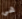
هي